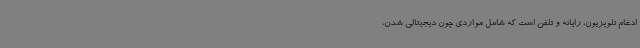
ادغام تلویزیون، رایانه و تلفن است که شامل مواردی چون دیجیتالی شدن،